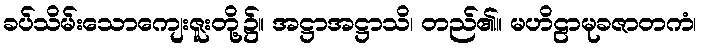
ခပ်သိမ်းသောကျေးဇူးတို့၌။ အဋ္ဌာအဋ္ဌာသိ၊ တည်၏။ မဟိဠာမုခဇာတကံ၊